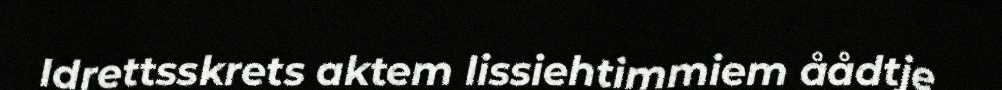
Idrettsskrets aktem lissiehtimmiem åådtje